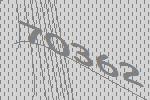
70362